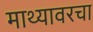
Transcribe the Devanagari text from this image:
माथ्यावरचा